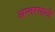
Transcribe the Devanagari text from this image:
अन्‍तरयामी